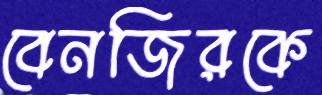
বেনজিরকে